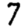
Digit: 7